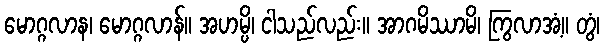
မောဂ္ဂလာန၊ မောဂ္ဂလာန်။ အဟမ္ပိ၊ ငါသည်လည်း။ အာဂမိဿာမိ၊ ကြွလာအံ့။ တွံ၊